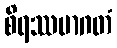
စိရဿမာဂတံ